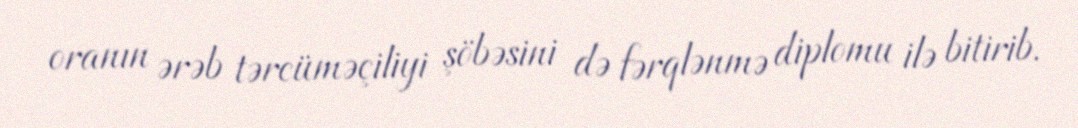
oranın ərəb tərcüməçiliyi şöbəsini də fərqlənmə diplomu ilə bitirib.